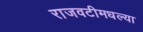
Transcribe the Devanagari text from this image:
राजवटीमधल्या